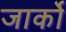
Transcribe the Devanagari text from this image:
जार्को